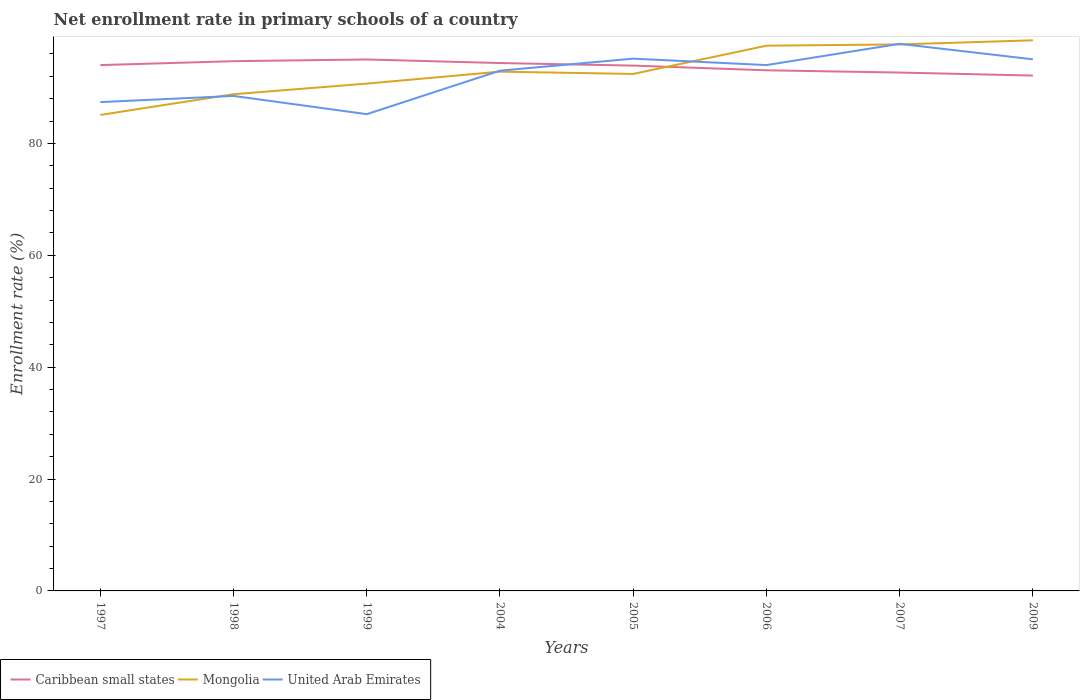
| Years | Caribbean small states | Mongolia | United Arab Emirates |
 | --- | --- | --- | --- |
 | 1997 | 94 | 85.1 | 87.4 |
 | 1998 | 94.7 | 88.8 | 88.5 |
 | 1999 | 95 | 90.7 | 85.2 |
 | 2004 | 94.4 | 92.8 | 93 |
 | 2005 | 93.9 | 92.4 | 95.2 |
 | 2006 | 93.1 | 97.5 | 94 |
 | 2007 | 92.7 | 97.7 | 97.8 |
 | 2009 | 92.1 | 98.4 | 95.1 |